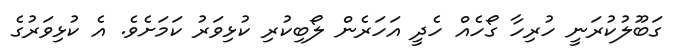
ގަބޫލުކުރަނީ ހުރިހާ ގޯހެއް ހެދީ އަހަރެން ލޯބިކުރި ކުޅިވަރު ކަމަށެވެ. އެ ކުޅިވަރުގެ